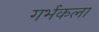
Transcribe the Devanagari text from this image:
गर्भकला